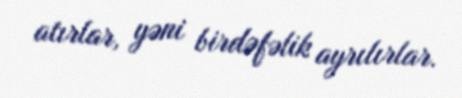
atırlar, yəni birdəfəlik ayrılırlar.